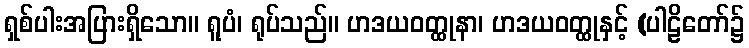
ရှစ်ပါးအပြားရှိသော။ ရူပံ၊ ရုပ်သည်။ ဟဒယဝတ္ထုနာ၊ ဟဒယဝတ္ထုနှင့် (ပါဠိတော်၌